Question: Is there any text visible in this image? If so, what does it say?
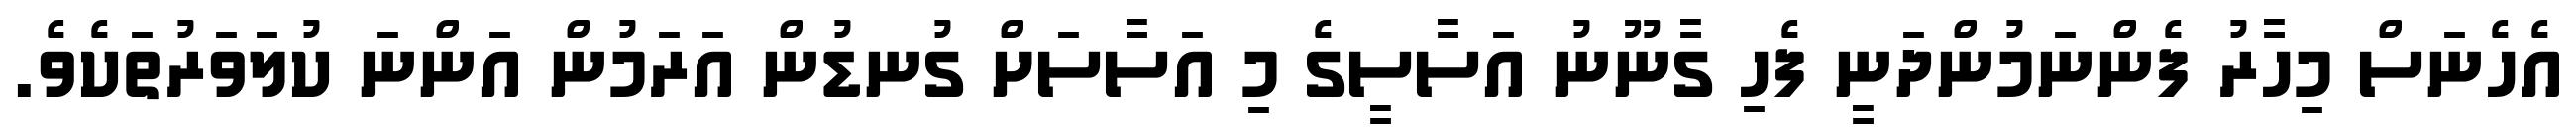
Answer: އެހެނަސް މިހާރު ފެންނަމުންދަނީ ފެހި ގާނޫނު އަސާސީގެ މި އަސާސަށް ގުނޑުން އަރަމުން އަންނަ ކުލަވަރުތަކެވެ.